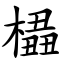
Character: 橻